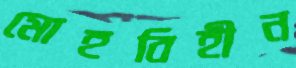
মোহবিহীন